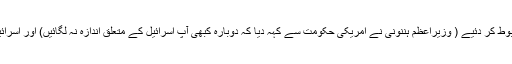
اس اتحاد نے حکومت کے ہاتھ بیرونی طاقتوں سے معاہدہ کرنے کے لیے اور مضبوط کر دئیے ( وزیراعظم ہننونی نے امریکی حکومت سے کہہ دیا کہ دوبارہ کبھی آپ اسرائیل کے متعلق اندازہ نہ لگائیں) اور اسرائیلی اندورنی سیاست کو فیصلہ کن انداز میں قومیت پرست گروپ کی طرف موڑ دیا۔